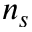
n _ { s }